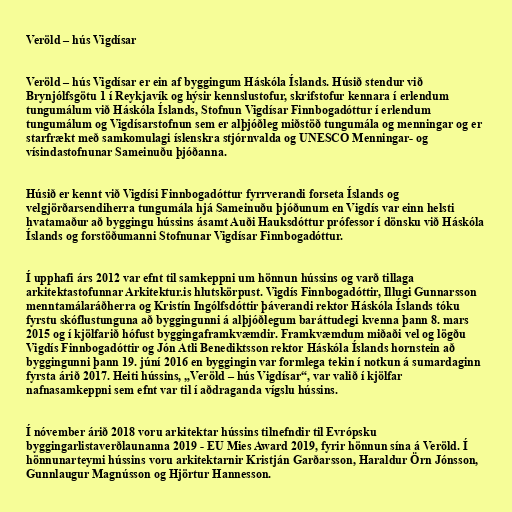
Veröld – hús Vigdísar

Veröld – hús Vigdísar er ein af byggingum Háskóla Íslands. Húsið stendur við
Brynjólfsgötu 1 í Reykjavík og hýsir kennslustofur, skrifstofur kennara í erlendum
tungumálum við Háskóla Íslands, Stofnun Vigdísar Finnbogadóttur í erlendum
tungumálum og Vigdísarstofnun sem er alþjóðleg miðstöð tungumála og menningar og er
starfrækt með samkomulagi íslenskra stjórnvalda og UNESCO Menningar- og
vísindastofnunar Sameinuðu þjóðanna.

Húsið er kennt við Vigdísi Finnbogadóttur fyrrverandi forseta Íslands og
velgjörðarsendiherra tungumála hjá Sameinuðu þjóðunum en Vigdís var einn helsti
hvatamaður að byggingu hússins ásamt Auði Hauksdóttur prófessor í dönsku við Háskóla
Íslands og forstöðumanni Stofnunar Vigdísar Finnbogadóttur.

Í upphafi árs 2012 var efnt til samkeppni um hönnun hússins og varð tillaga
arkitektastofunnar Arkitektur.is hlutskörpust. Vigdís Finnbogadóttir, Illugi Gunnarsson
menntamálaráðherra og Kristín Ingólfsdóttir þáverandi rektor Háskóla Íslands tóku
fyrstu skóflustunguna að byggingunni á alþjóðlegum baráttudegi kvenna þann 8. mars
2015 og í kjölfarið hófust byggingaframkvæmdir. Framkvæmdum miðaði vel og lögðu
Vigdís Finnbogadóttir og Jón Atli Benediktsson rektor Háskóla Íslands hornstein að
byggingunni þann 19. júní 2016 en byggingin var formlega tekin í notkun á sumardaginn
fyrsta árið 2017. Heiti hússins, „Veröld – hús Vigdísar“, var valið í kjölfar
nafnasamkeppni sem efnt var til í aðdraganda vígslu hússins.

Í nóvember árið 2018 voru arkitektar hússins tilnefndir til Evrópsku
byggingarlistaverðlaunanna 2019 - EU Mies Award 2019, fyrir hönnun sína á Veröld. Í
hönnunarteymi hússins voru arkitektarnir Kristján Garðarsson, Haraldur Örn Jónsson,
Gunnlaugur Magnússon og Hjörtur Hannesson.